Annual administration report of the Civil Veterinary Department of India - 1897-1898
Year: 1897
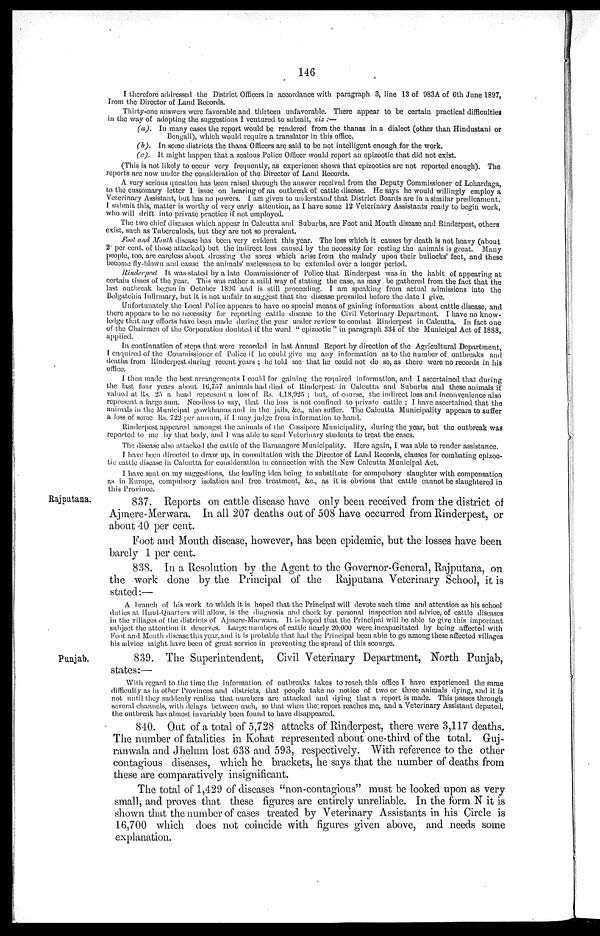
146
I therefore addressed the District Officers in accordance with paragraph 3, line 13 of 983A of 6th June 1897,
from the Director of Land Records.
Thirty-one answers were favorable and thirteen unfavorable. There appear to be certain practical difficulties
in the way of adopting the suggestions I ventured to submit, viz:—
(a). In many cases the report would be rendered from the thanas in a dialect (other than Hindustani or
Bengali), which would require a translator in this office.
(b). In some districts the thana Officers are said to be not intelligent enough for the work.
(c). It might happen that a zealous Police Officer would report an epizootic that did not exist.
(This is not likely to occur very frequently, as experience shows that epizootics are not reported enough). The
reports are now under the consideration of the Director of Land Records.
A very serious question has been raised through the answer received from the Deputy Commissioner of Lohardaga,
to the customary letter I issue on hearing of an outbreak of cattle disease. He says he would willingly employ a
Veterinary Assistant, but has no powers. I am given to understand that District Boards are in a similar predicament.
I submit this, matter is worthy of very early attention, as I have some 12 Veterinary Assistants ready to begin work,
who will drift into private practice if not employed.
The two chief diseases which appear in Calcutta and Suburbs, are Foot and Mouth disease and Rinderpest, others
exist, such as Tuberculosis, but they are not so prevalent.
Foot and Mouth disease has been very evident this year. The loss which it causes by death is not heavy (about
2 per cent. of those attacked) but the indirect loss caused by the necessity for resting the animals is great. Many
people, too, are careless about dressing the sores which arise from the malady upon their bullocks' feet, and these
become fly-blown and cause the animals' uselessness to be extended over a longer period.
Rinder pest It was stated by a late Commissioner of Police that Rinderpest was in the habit of appearing at
certain times of the year. This was rather a mild way of stating the case, as may be gathered from the fact that the
last outbreak begun in October 1896 and is still proceeding. I am speaking from actual admissions into the
Belgatchia Infirmary, but it is not unfair to suggest that the disease prevailed before the date I give.
Unfortunately the Local Police appears to have no special means of gaining information about cattle disease, and
there appears to be no necessity for reporting cattle disease to the Civil Veterinary Department. I have no know-
ledge that any efforts have been made during the year under review to combat Rinderpest in Calcutta. In fact one
of the Chairmen of the Corporation doubted if the word "epizootic" in paragraph 334 of the Municipal Act of 1888,
applied.
In continuation of steps that were recorded in last Annual Report by direction of the Agricultural Department,
I enquired of the Commissioner of Police if he could give me any information as to the number of outbreaks and
deaths from Rinderpest during recent years; he told me that he could not do so, as there were no records in his
office.
I then made the best arrangements I could for gaining the required information, and I ascertained that during
the last four years about 16,757 animals had died of Rinderpest in Calcutta and Suburbs and these animals if
valued at Rs. 25 a head represent a loss of Rs. 4,18,925; but, of course, the indirect loss and inconvenience also
represent a large sum. Needless to say, that the loss is not confined to private cattle; I have ascertained that the
animals in the Municipal gowkhanas and in the jails, &c., also suffer. The Calcutta Municipality appears to suffer
a loss of some Rs. 722 per annum, if I may judge from information to hand.
Rinderpest appeared amongst the animals of the Cossipore Municipality, during the year, but the outbreak was
reported to me by that body, and I was able to send Veterinary students to treat the cases.
The disease also attacked the cattle of the Baranagore Municipality. Here again, I was able to render assistance.
I have been directed to draw up, in consultation with the Director of Land Records, clauses for combating epizoo-
tic cattle disease in Calcutta for consideration in connection with the New Calcutta Municipal Act.
I have sent on my suggestions, the leading idea being to substitute for compulsory slaughter with compensation
as in Europe, compulsory isolation and free treatment, &c., as it is obvious that cattle cannot be slaughtered in
this Province.
Rajputana.
837. Reports on cattle disease have only been received from the district of
Ajmere-Merwara. In all 207 deaths out of 508 have occurred from Rinderpest, or
about 40 per cent.
Foot and Mouth disease, however, has been epidemic, but the losses have been
barely 1 per cent.
838. In a Resolution by the Agent to the Governor-General, Rajputana, on
the work done by the Principal of the Rajputana Veterinary School, it is
stated:—
A branch of his work to which it is hoped that the Principal will devote such time and attention as his school
duties at Head-Quarters will allow, is the diagnosis and check by personal inspection and advice, of cattle diseases
in the villages of the districts of Ajmere-Marwara. It is hoped that the Principal will be able to give this important
subject the attention it deserves. Large numbers of cattle nearly 20,000 were incapacitated by being affected with
Foot and Mouth disease this year, and it is probable that had the Principal been able to go among these affected villages
his advice might have been of great service in preventing the spread of this scourge.
Punjab.
839. The Superintendent, Civil Veterinary Department, North Punjab,
states:—
With regard to the time the information of outbreaks takes to reach this office I have experienced the same
difficulty as in other Provinces and districts, that people take no notice of two or three animals dying, and it is
not until they suddenly realize that numbers are attacked and dying that a report is made. This passes through
several channels, with delays between each, so that when the report reaches me, and a Veterinary Assistant deputed,
the outbreak has almost invariably been found to have disappeared.
840. Out of a total of 5,728 attacks of Rinderpest, there were 3,117 deaths.
The number of fatalities in Kohat represented about one-third of the total. Guj-
ranwala and Jhelum lost 638 and 593, respectively. With reference to the other
contagious diseases, which he brackets, he says that the number of deaths from
these are comparatively insignificant.
The total of 1,429 of diseases "non-contagious" must be looked upon as very
small, and proves that these figures are entirely unreliable. In the form N it is
shown that the number of cases treated by Veterinary Assistants in his Circle is
16,700 which does not coincide with figures given above, and needs some
explanation.